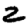
Digit: 2